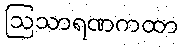
ဩသာရဏကထာ